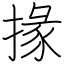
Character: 掾